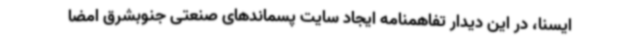
ایسنا، در این دیدار تفاهمنامه ایجاد سایت پسماندهای صنعتی جنوبشرق امضا